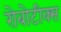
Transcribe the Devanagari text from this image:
रोबोटीक्स